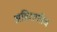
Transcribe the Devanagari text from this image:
अहिराणीच